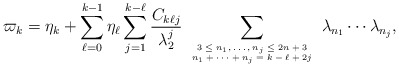
\begin{align*}\varpi_k=\eta_k+\sum_{\ell=0}^{k-1}\eta_\ell\sum_{j=1}^{k-\ell}\frac{C_{k\ell j}}{\lambda_{2}^j}\sum_{{\mbox{\tiny$\begin{array}{c}3\leq n_1,\ldots,n_j\leq 2n+3\\n_1+\cdots+n_j=k-\ell+2j \end{array}$}}}\lambda_{n_1}\cdots\lambda_{n_j},\end{align*}